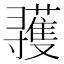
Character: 彟